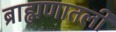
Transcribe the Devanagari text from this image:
ब्राह्मणातली